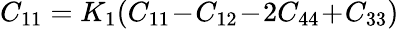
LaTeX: C_{11}=K_{1}(C_{11}\! -\! C_{12}\! -\! 2C_{44}\! +\! C_{33})